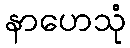
နာဟေသုံ